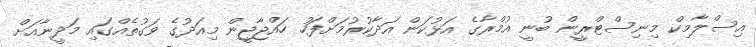
އިސްލާމިކް މިނިސްޓްރީން ބުނީ އުމްރާގެ އަޅުކަން އަދާކުރުމަށްފަހު ހައްޖާޖީން މިއަދުގެ ވަގުތެއްގައި މަދީނާއަށް